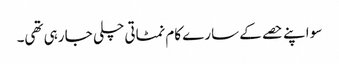
سو اپنے حصے کے سارے کام نمٹاتی چلی جا رہی تھی۔